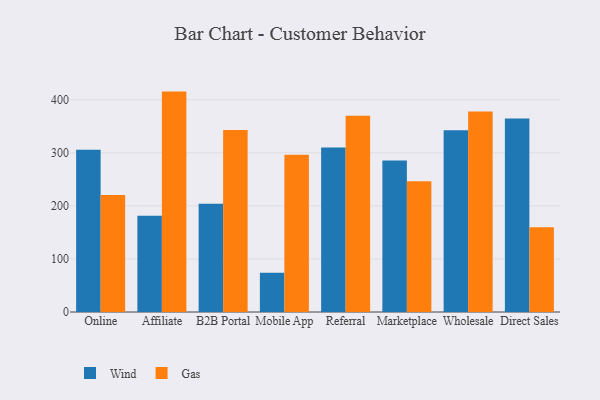
{"axis": {"x": "Channel", "y": "LTV (USD)"}, "legend": ["Gas", "Wind"], "data": [{"x": "Online", "y": 305.7, "type": "Wind"}, {"x": "Online", "y": 220.4, "type": "Gas"}, {"x": "Affiliate", "y": 181.4, "type": "Wind"}, {"x": "Affiliate", "y": 415.3, "type": "Gas"}, {"x": "B2B Portal", "y": 204.2, "type": "Wind"}, {"x": "B2B Portal", "y": 343.1, "type": "Gas"}, {"x": "Mobile App", "y": 73.9, "type": "Wind"}, {"x": "Mobile App", "y": 296.3, "type": "Gas"}, {"x": "Referral", "y": 310.0, "type": "Wind"}, {"x": "Referral", "y": 369.7, "type": "Gas"}, {"x": "Marketplace", "y": 285.6, "type": "Wind"}, {"x": "Marketplace", "y": 246.3, "type": "Gas"}, {"x": "Wholesale", "y": 342.5, "type": "Wind"}, {"x": "Wholesale", "y": 377.8, "type": "Gas"}, {"x": "Direct Sales", "y": 364.6, "type": "Wind"}, {"x": "Direct Sales", "y": 159.5, "type": "Gas"}]}